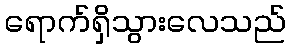
ရောက်ရှိသွားလေသည်